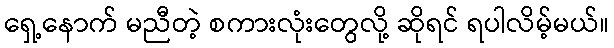
ရှေ့နောက် မညီတဲ့ စကားလုံးတွေလို့ ဆိုရင် ရပါလိမ့်မယ်။